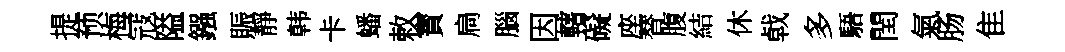
提预梅冦隘鏹賑靜韩卡蟠敕寳扃腦因轄礙座替腹結休㦸多䮏閏氣肠隹